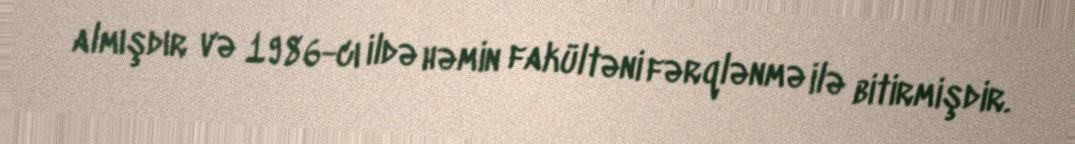
almışdır və 1986-cı ildə həmin fakültəni fərqlənmə ilə bitirmişdir.